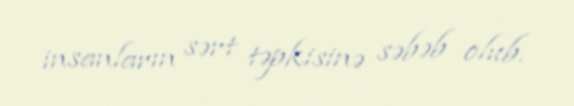
insanların sərt təpkisinə səbəb olub.